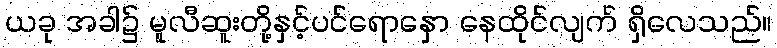
ယခု အခါ၌ မူလီဆူးတို့နှင့်ပင်ရောနှော နေထိုင်လျက် ရှိလေသည်။